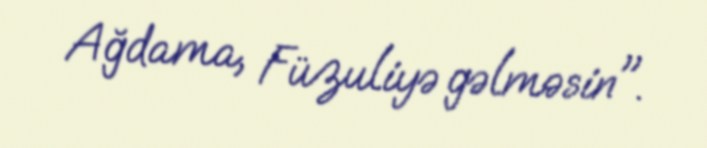
Ağdama, Füzuliyə gəlməsin".